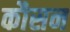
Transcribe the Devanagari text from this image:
कौसन